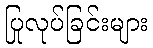
ပြုလုပ်ခြင်းများ